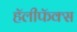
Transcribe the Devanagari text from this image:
हॅलीफॅक्स